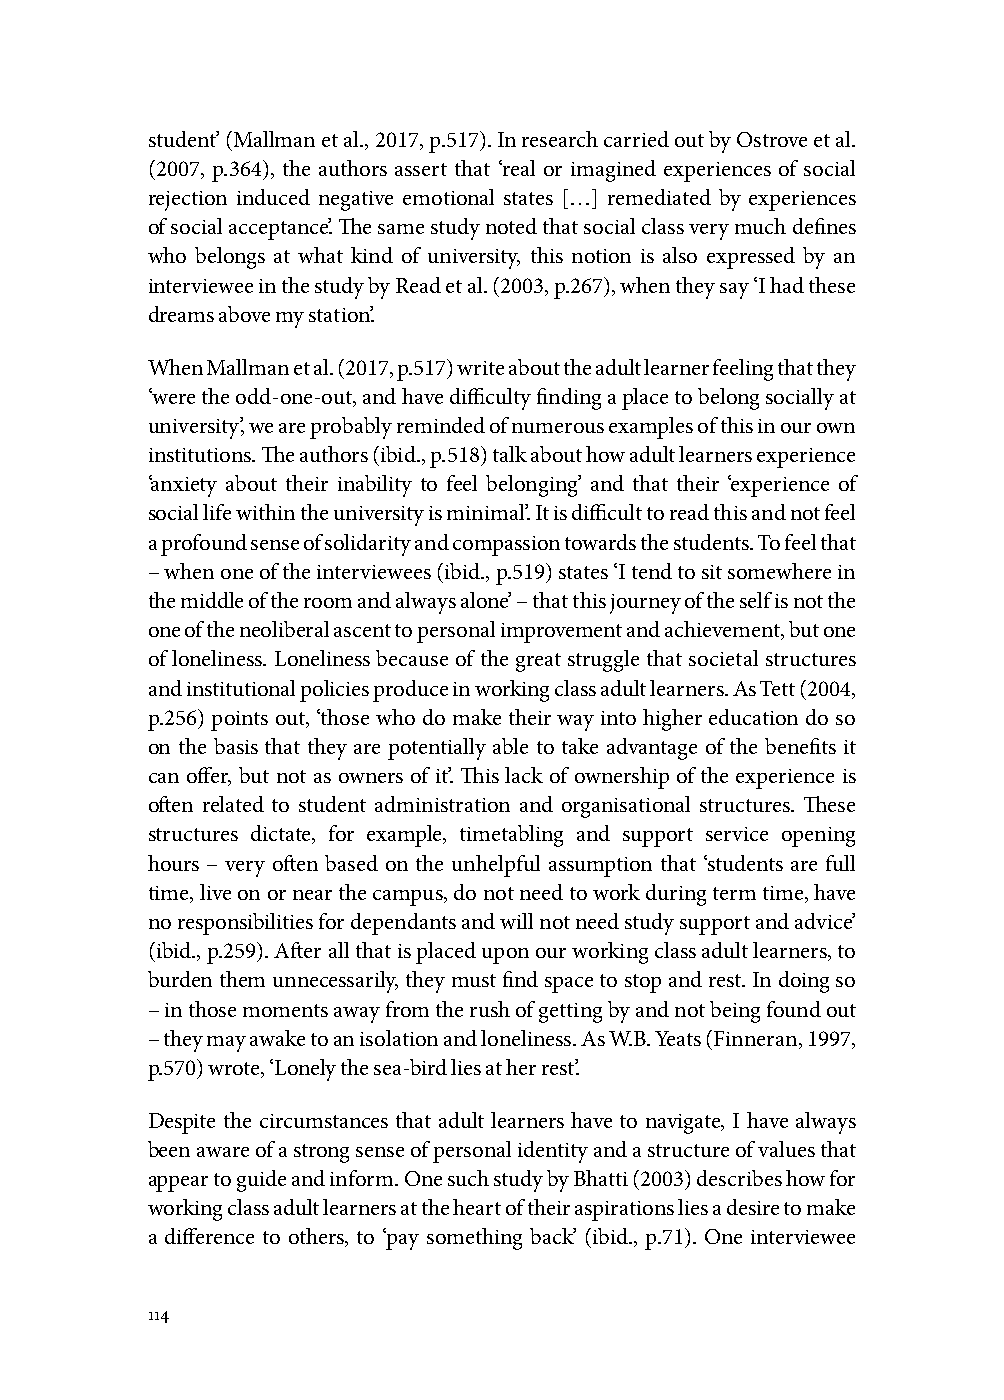
student’ (Mallman et al., 2017, p.517). In research carried out by Ostrove et al.
 (2007, p.364), the authors assert that ‘real or imagined experiences of social
 rejection induced negative emotional states […] remediated by experiences
 of social acceptance’. The same study noted that social class very much defines
 who belongs at what kind of university, this notion is also expressed by an
 interviewee in the study by Read et al. (2003, p.267), when they say ‘I had these
 dreams above my station’.
 When Mallman et al. (2017, p.517) write about the adult learner feeling that they
 ‘were the odd-one-out, and have difficulty finding a place to belong socially at
 university’, we are probably reminded of numerous examples of this in our own
 institutions. The authors (ibid., p.518) talk about how adult learners experience
 ‘anxiety about their inability to feel belonging’ and that their ‘experience of
 social life within the university is minimal’. It is difficult to read this and not feel
 a profound sense of solidarity and compassion towards the students. To feel that
 – when one of the interviewees (ibid., p.519) states ‘I tend to sit somewhere in
 the middle of the room and always alone’ – that this journey of the self is not the
 one of the neoliberal ascent to personal improvement and achievement, but one
 of loneliness. Loneliness because of the great struggle that societal structures
 and institutional policies produce in working class adult learners. As Tett (2004,
 p.256) points out, ‘those who do make their way into higher education do so
 on the basis that they are potentially able to take advantage of the benefits it
 can offer, but not as owners of it’. This lack of ownership of the experience is
 often related to student administration and organisational structures. These
 structures dictate, for example, timetabling and support service opening
 hours – very often based on the unhelpful assumption that ‘students are full
 time, live on or near the campus, do not need to work during term time, have
 no responsibilities for dependants and will not need study support and advice’
 (ibid., p.259). After all that is placed upon our working class adult learners, to
 burden them unnecessarily, they must find space to stop and rest. In doing so
 – in those moments away from the rush of getting by and not being found out
 – they may awake to an isolation and loneliness. As W.B. Yeats (Finneran, 1997,
 p.570) wrote, ‘Lonely the sea-bird lies at her rest’.
 Despite the circumstances that adult learners have to navigate, I have always
 been aware of a strong sense of personal identity and a structure of values that
 appear to guide and inform. One such study by Bhatti (2003) describes how for
 working class adult learners at the heart of their aspirations lies a desire to make
 a difference to others, to ‘pay something back’ (ibid., p.71). One interviewee
 114